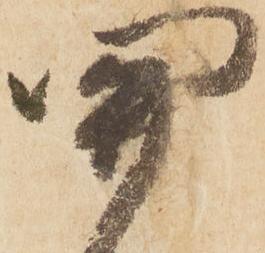
關